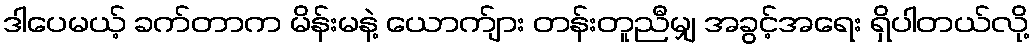
ဒါပေမယ့် ခက်တာက မိန်းမနဲ့ ယောက်ျား တန်းတူညီမျှ အခွင့်အရေး ရှိပါတယ်လို့